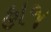
હાજ